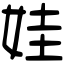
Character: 娃